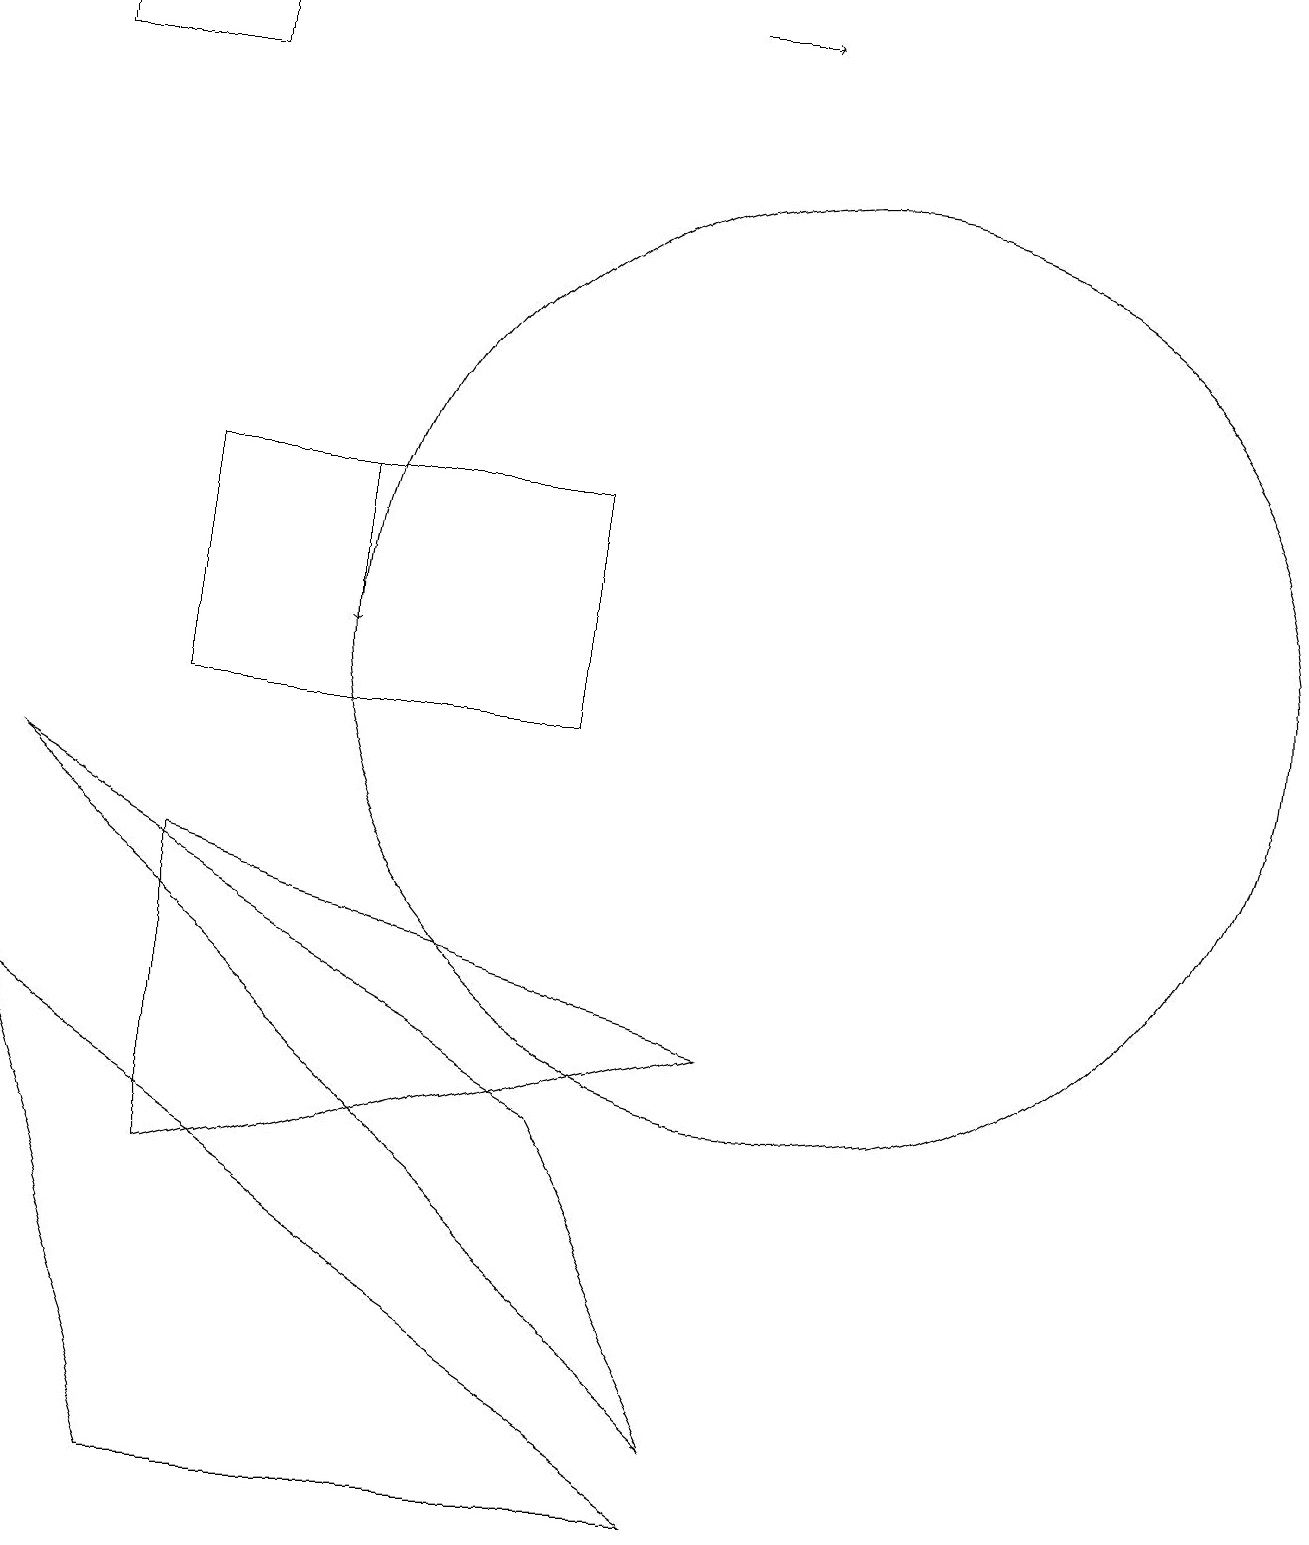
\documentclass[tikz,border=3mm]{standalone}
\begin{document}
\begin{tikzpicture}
\draw (2,19) rectangle (0,18);
\draw (7,5) -- (9,1) -- (0,9) -- cycle;
\draw[->] (4,13) -- (4,11);
\draw (2,13) rectangle (7,10);
\draw (9,0) -- (2,0) -- (0,6) -- cycle;
\draw (2,4) -- (2,8) -- (9,6) -- cycle;
\draw[->] (8,19) -- (9,19);
\draw (10,11) circle (6);
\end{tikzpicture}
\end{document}